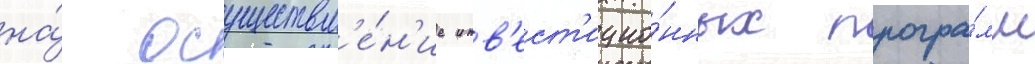
на́ осуществл'е́н'ие инв'ест'ицио́нных програ́мм